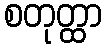
စတုတ္ထာ